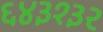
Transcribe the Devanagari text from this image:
६४३१३२